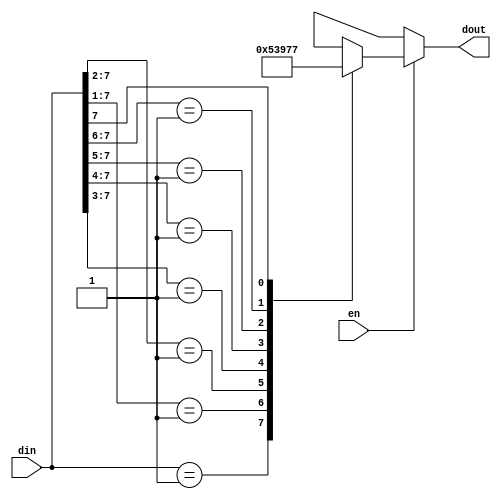
//code
module penc83(din,en,dout);
input [7:0]din;
input en;
output reg [2:0]dout;
//behavioural
always@(*)
begin
if(!en)
         dout = 3'bxxx;
else
 casex(din)
    
    8'b00000001: dout = 3'b000;
    8'b0000001x: dout = 3'b001;
    8'b000001xx: dout = 3'b010;
    8'b00001xxx: dout = 3'b011;
    8'b0001xxxx: dout = 3'b100;
    8'b001xxxxx: dout = 3'b101;
    8'b01xxxxxx: dout = 3'b110;
    8'b1xxxxxxx: dout = 3'b111;
    default : dout = 3'bxxx;
    endcase
end 

//Dataflow

 /*
 assign dout[2] = din[4]|din[5]|din[6]|din[7];
 assign dout[1] = (~din[4]&~din[5]&din[2])|(~din[4]&~din[5]&din[3])|din[6]|din[7];
 assign dout[0] = (~din[4]&~din[6]&~din[2]&din[1]) | (~din[4]&~din[6]&din[3]) | ~(din[6]&din[5]) | din[7];
*/

//gatelevel
/*
wire w1,w2,w3,w4,w5;

and and1(w1,~din[4],~din[5],din[2]);
and and2(w2,~din[4],~din[5],din[3]);
and and3(w3,~din[4],~din[6],~din[2],din[1]);
and and4(w4,~din[4],~din[6],din[3]);
and and5(w5,~din[6],din[5]);

or or1(dout[2],din[4],din[5],din[6],din[7]);
or or2(dout[1],w1,w2,din[6],din[7]);
or or3(dout[0],w3,w4,w5,din[7]);
*/
endmodule

//testbench

module penctb;
reg en;
reg [7:0]din;
wire [2:0]dout;

penc83 penc83t(.din(din),.dout(dout),.en(en));
initial 
    begin
    en = 0; 
    #5 en = 1;
      #5 din = 8'b00000001;
      #5 din = 8'b00000010;
      #5 din = 8'b00000110;
      #5 din = 8'b00001000;
      #5 din = 8'b00010100;
      #5 din = 8'b00100000;
      #5 din = 8'b01010000;
      #5 din = 8'b10000000;
      #5 din = 8'b00001000;    
    
    $finish;
    end
always@(din)
$monitor("time=%0t,din = %0b, dout = %0b",$time,din,dout);

endmodule